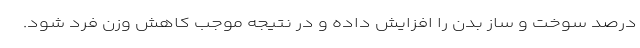
درصد سوخت و ساز بدن را افزایش داده و در نتیجه موجب کاهش وزن فرد شود.